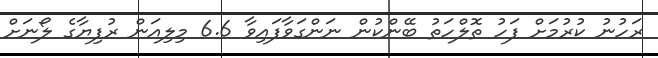
ރަހުނު ކުރުމަށް ފަހު ތޮލްހަތު ބޭންކުން ނަންގަވާފައިވާ 6.6 މިލިއަން ރުފިޔާގެ ލޯނަށް